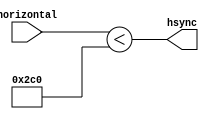
module hsyncer (horizontal,hsync);
input[9:0] horizontal;
output hsync;

assign hsync=(horizontal<'d704);

endmodule